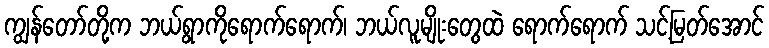
ကျွန်တော်တို့က ဘယ်ရွာကိုရောက်ရောက်၊ ဘယ်လူမျိုးတွေထဲ ရောက်ရောက် သင့်မြတ်အောင်